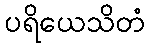
ပရိယေသိတံ